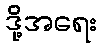
ဒို့အရေး